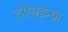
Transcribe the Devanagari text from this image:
टोमाइन्ज़